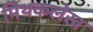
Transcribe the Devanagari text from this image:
मिथकलेख